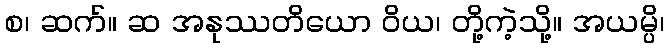
စ၊ ဆက်။ ဆ အနုဿတိယော ဝိယ၊ တို့ကဲ့သို့။ အယမ္ပိ၊